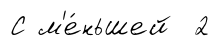
С м'е́ньшей 2